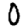
Digit: 0